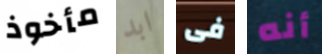
مأخوذ ابد فى أنه